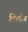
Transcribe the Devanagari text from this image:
लिलोंग